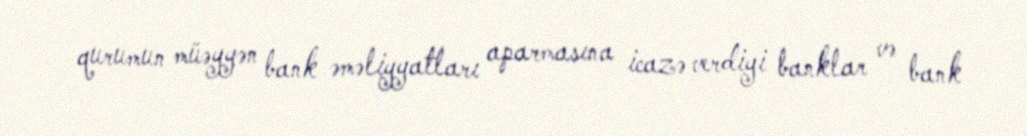
qurumun müəyyən bank əməliyyatları aparmasına icazə verdiyi banklar və bank